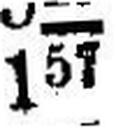
157